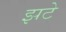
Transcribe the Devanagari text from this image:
झटे